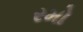
રમો